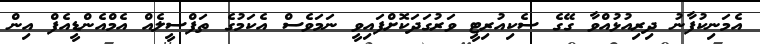
އެމަނިކުފާނު ދިރިއުޅުއްވާ ގޭގެ ސެކިއުރިޓީ ވަރުގަދަކޮށްފައިވީ ނަމަވެސް އެކަމުގެ ތަފްސީލެއް އެމްއެންޑީއެފް އިން